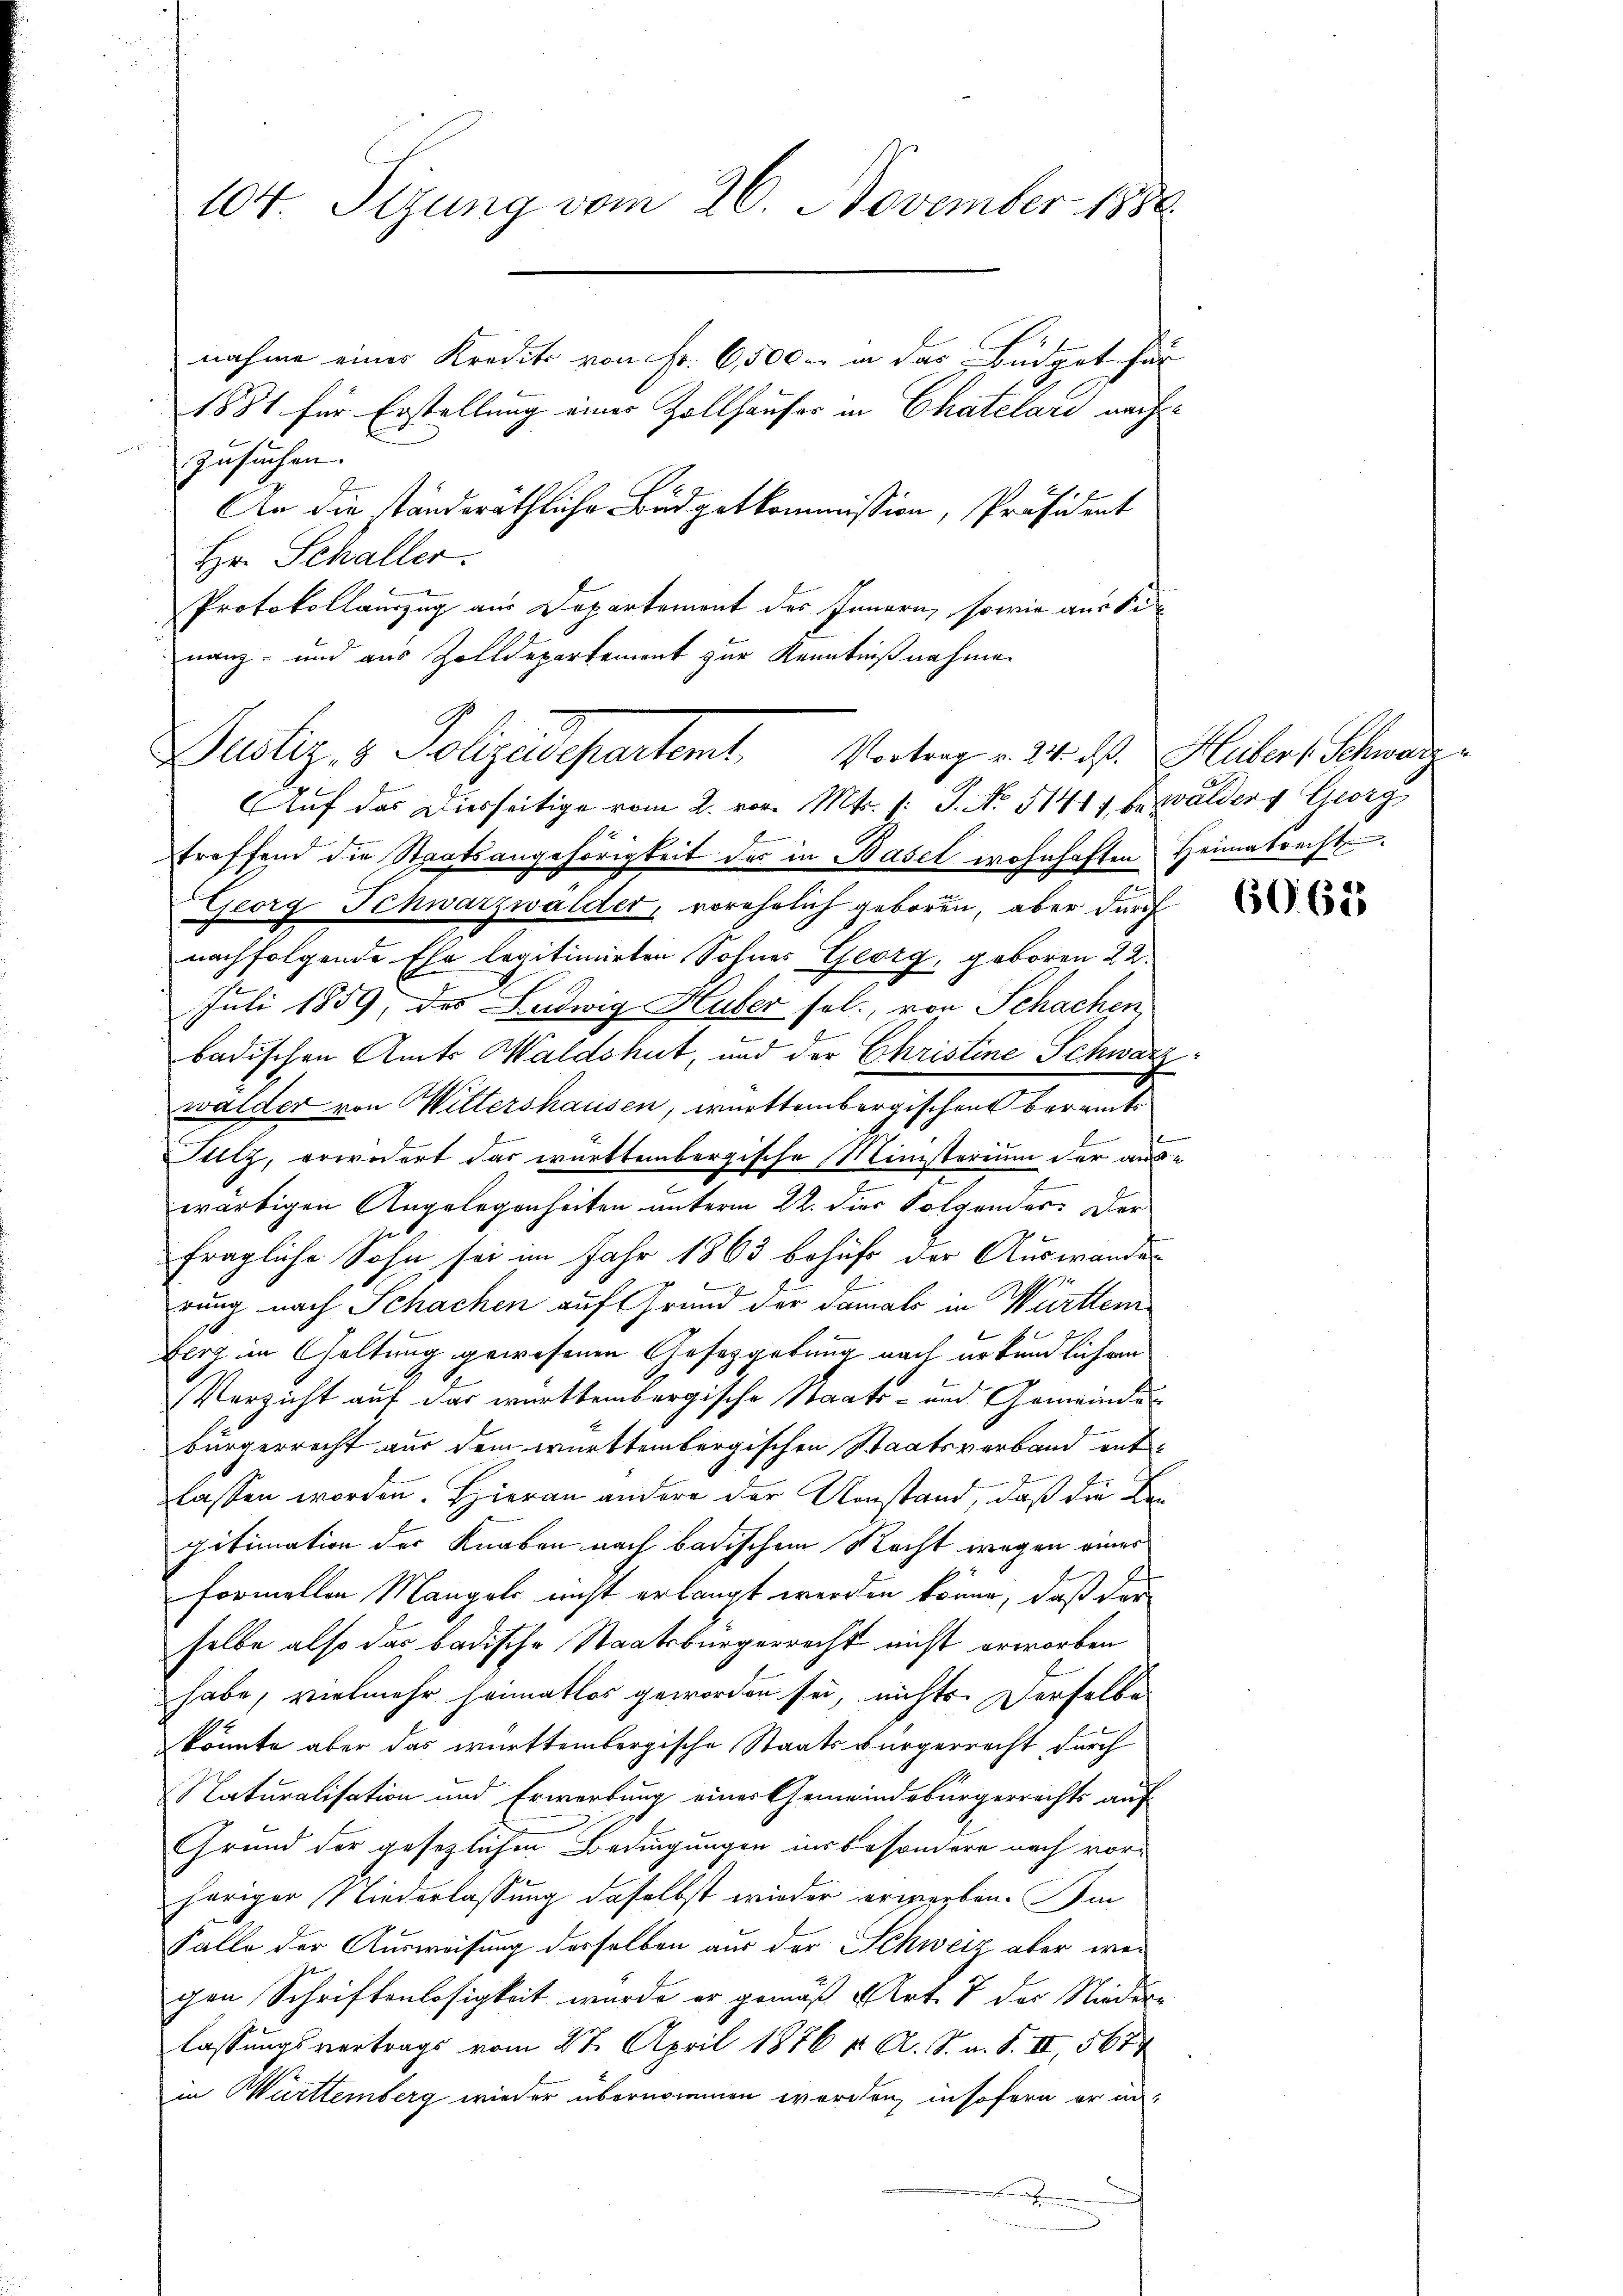
104. Sizung vom 26. November 1886.

nahme eines Kredits von Fr. 6,500 in das Büdget für
1881 für Erstellung einer Zollhauser in Chatelari nach
zusuchen.
An die standeräthliche Budgetkommission, Präsident
Hr. Schaller.
Protokollauszug aus Departement des Innern, sowie aus Si
nanz- und aus Zolldepartement zur Kenntnißnahme
treffend die Staatsangehörigkeit des in Basel wohnhaften Heimatrecht
Georg Schwarzwalder, vorehelich geboren, aber durch
nachfolgende Ehe legitimirten Sohnes Georg, geboren 22.
Juli 1859, des Ludwig Huber sel., von Schachen
e
badischen Amts Waldshut, und der Christine Schwarz
walder von Wiltershausen, württembergischens beramte
Silz, erwidert das württembergische Ministerium der aus¬
.
wärtigen Angelegenheiten unterm 22. dies Folgendes: Der
fragliche Sohn sei im Jahr 1863 behufs der Auswandel
rung nach Schachen auf Grund der damals in Württenferg im Geltung gewesenen Gesetzgebung nach urkundlichen
Verzicht auf das württembergische Staats- und Gemeindebürgerrecht aus dem württembergischen Staatsverband entlassen worden. Hieran andere der Umstand, daß die Begitimation der Knaben nach badischem Recht wegen einer
formellen Mangold nicht erlangt werden könne, daß der
selbe also das badische Staatsbürgerrecht nicht erworben
habe, vielmehr heimatlos geworden sei, nichts. Derselbe
könnte aber das württembergische Staatsbürgerrecht durch
Naturalisation und Erwerbung einer Gemeindsbürgerrechts auf
Grund der gesezlichen Bedingungen ins besondere nach vorhöriger Niederlassung daselbst wieder erwerben. Im
Falle der Ausweisung derselben aus der Schweiz aber weigen Schriftenlosigkeit wurde er gemäß Art. 7 der Nieder-
lassungsvertrags vom 27. April 1876 v. A. S. a. S. II, 567
in Württemberg wieder übernommen werden, insofern er an-
u

Justiz & Polizadepartemt. Vortrag v. 24. d. Huber, Schwarz
Auf das Diesseitige vom 2. vor. Mts. f. J. No 51411 bezwäldert Georg

60. 625